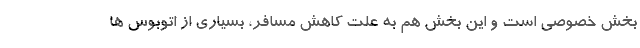
بخش خصوصی است و این بخش هم به علت کاهش مسافر، بسیاری از اتوبوس ها